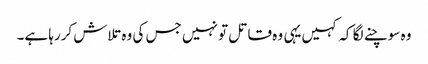
وہ سوچنے لگا کہ کہیں یہی وہ قاتل تو نہیں جس کی وہ تلاش کررہا ہے۔